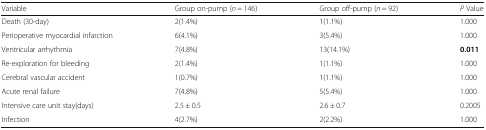
| Variable | Group on-pump (n = 146) | Group off-pump (n = 92) | P Value |
 | --- | --- | --- | --- |
 | Death (30-day) | 2(1.4%) | 1(1.1%) | 1.000 |
 | Perioperative myocardial infarction | 6(4.1%) | 3(5.4%) | 1.000 |
 | Ventricular arrhythmia | 7(4.8%) | 13(14.1%) | 0.011 |
 | Re-exploration for bleeding | 2(1.4%) | 1(1.1%) | 1.000 |
 | Cerebral vascular accident | 1(0.7%) | 1(1.1%) | 1.000 |
 | Acute renal failure | 7(4.8%) | 5(5.4%) | 1.000 |
 | Intensive care unit stay(days) | 2.5 ± 0.5 | 2.6 ± 0.7 | 0.2005 |
 | Infection | 4(2.7%) | 2(2.2%) | 1.000 |